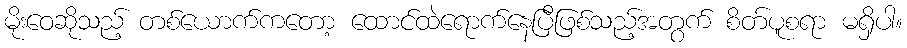
မိုးဝေဆိုသည့် တစ်ယောက်ကတော့ ထောင်ထဲရောက်နေပြီဖြစ်သည့်အတွက် စိတ်ပူစရာ မရှိပါ။